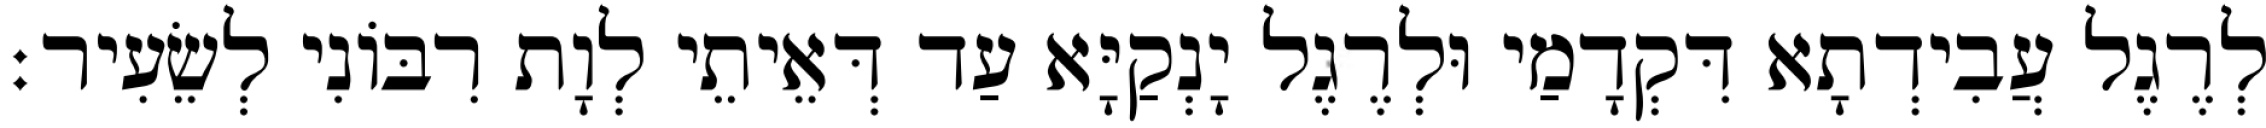
לְרֶגֶל עֲבִידְתָא דִּקְדָמַי וּלְרֶגֶל יָנְקַיָּא עַד דְּאֵיתֵי לְוָת רִבּוֹנִי לְשֵׂעִיר׃